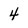
Character: 4